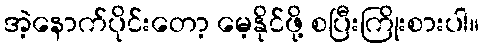
အဲ့နောက်ပိုင်းတော့ မေ့နိုင်ဖို့ စပြီးကြိုးစားပါ။